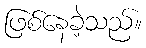
ဖြစ်နေခဲ့သည်။